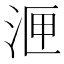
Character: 𭰙